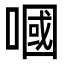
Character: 嘓